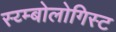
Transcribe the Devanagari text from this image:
स्य्म्बोलोगिस्ट